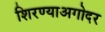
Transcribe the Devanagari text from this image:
शिरण्याअगोदर